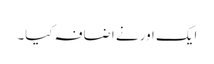
ایک اور نے اضافہ کیا۔